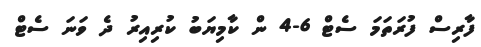
ފާރިސް ފުރަތަމަ ސެޓް 6-4 ން ކާމިޔަބު ކުރިއިރު ދެ ވަނަ ސެޓް